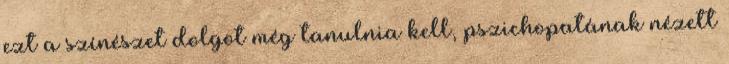
ezt a színészet dolgot még tanulnia kell, pszichopatának nézett